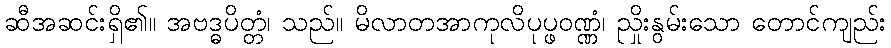
ဆီအဆင်းရှိ၏။ အဗဒ္ဓပိတ္တံ၊ သည်။ မိလာတအာကုလိပုပ္ဖဝဏ္ဏံ၊ ညှိုးနွမ်းသော တောင်ကျည်း